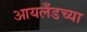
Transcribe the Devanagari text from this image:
आयलँडच्या